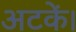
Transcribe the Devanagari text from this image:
अटकें।